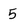
Character: 5